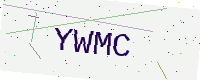
Text: YWMC